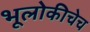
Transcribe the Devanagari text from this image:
भूलोकीचेच